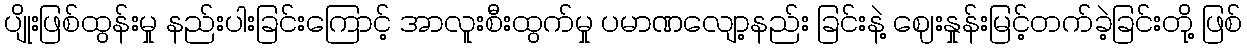
ပျိုးဖြစ်ထွန်းမှု နည်းပါးခြင်းကြောင့် အာလူးစီးထွက်မှု ပမာဏလျော့နည်း ခြင်းနဲ့ ဈေးနှုန်းမြင့်တက်ခဲ့ခြင်းတို့ ဖြစ်